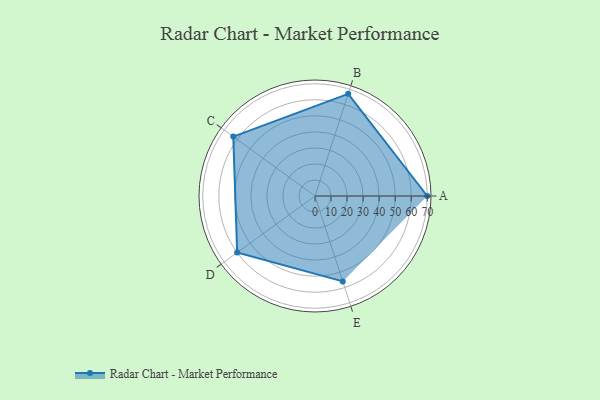
{"axis": {"x": "Skill", "y": "Score"}, "legend": ["Profile"], "data": [{"x": "A", "y": 70.0, "type": "Profile"}, {"x": "B", "y": 67.0, "type": "Profile"}, {"x": "C", "y": 63.0, "type": "Profile"}, {"x": "D", "y": 60.0, "type": "Profile"}, {"x": "E", "y": 56.0, "type": "Profile"}]}